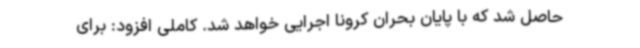
حاصل شد که با پایان بحران کرونا اجرایی خواهد شد. کاملی افزود: برای